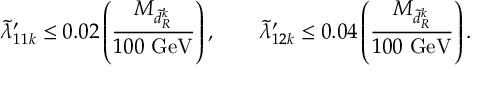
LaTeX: \tilde { \lambda } _ { 1 1 k } ^ { \prime } \le 0 . 0 2 \left( \frac { M _ { \tilde { d } _ { R } ^ { k } } } { 1 0 0 \mathrm { ~ G e V } } \right) , \qquad \tilde { \lambda } _ { 1 2 k } ^ { \prime } \le 0 . 0 4 \left( \frac { M _ { \tilde { d } _ { R } ^ { k } } } { 1 0 0 \mathrm { ~ G e V } } \right) .